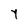
Character: Y